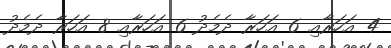
4 އަހަރާއި 6 އަހަރާ ދެމެދު 6 އަހަރާއި 8 އަހަރާ ދެމެދު